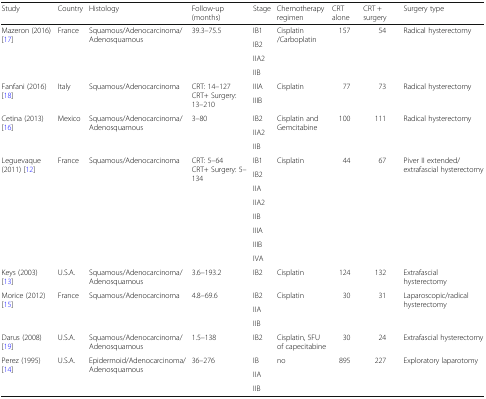
<table><thead><tr><td><b>Study</b></td><td><b>Country</b></td><td><b>Histology</b></td><td><b>Follow-up (months)</b></td><td><b>Stage</b></td><td><b>Chemotherapy regimen</b></td><td><b>CRT alone</b></td><td><b>CRT + surgery</b></td><td><b>Surgery type</b></td></tr></thead><tbody><tr><td rowspan="4">Mazeron (2016) [17]</td><td rowspan="4">France</td><td rowspan="4">Squamous/Adenocarcinoma/Adenosquamous</td><td rowspan="4">39.3–75.5</td><td>IB1</td><td rowspan="4">Cisplatin /Carboplatin</td><td rowspan="4">157</td><td rowspan="4">54</td><td rowspan="4">Radical hysterectomy</td></tr><tr><td>IB2</td></tr><tr><td>IIA2</td></tr><tr><td>IIB</td></tr><tr><td rowspan="2">Fanfani (2016) [18]</td><td rowspan="2">Italy</td><td rowspan="2">Squamous/Adenocarcinoma</td><td rowspan="2">CRT: 14–127CRT+ Surgery: 13–210</td><td>IIIA</td><td rowspan="2">Cisplatin</td><td rowspan="2">77</td><td rowspan="2">73</td><td rowspan="2">Radical hysterectomy</td></tr><tr><td>IIIB</td></tr><tr><td rowspan="3">Cetina (2013) [16]</td><td rowspan="3">Mexico</td><td rowspan="3">Squamous/Adenocarcinoma/Adenosquamous</td><td rowspan="3">3–80</td><td>IB2</td><td rowspan="3">Cisplatin and Gemcitabine</td><td rowspan="3">100</td><td rowspan="3">111</td><td rowspan="3">Radical hysterectomy</td></tr><tr><td>IIA2</td></tr><tr><td>IIB</td></tr><tr><td rowspan="8">Leguevaque (2011) [12]</td><td rowspan="8">France</td><td rowspan="8">Squamous/Adenocarcinoma</td><td rowspan="8">CRT: 5–64CRT+ Surgery: 5–134</td><td>IB1</td><td rowspan="8">Cisplatin</td><td rowspan="8">44</td><td rowspan="8">67</td><td rowspan="8">Piver II extended/extrafascial hysterectomy</td></tr><tr><td>IB2</td></tr><tr><td>IIA</td></tr><tr><td>IIA2</td></tr><tr><td>IIB</td></tr><tr><td>IIIA</td></tr><tr><td>IIIB</td></tr><tr><td>IVA</td></tr><tr><td>Keys (2003) [13]</td><td>U.S.A.</td><td>Squamous/Adenocarcinoma/Adenosquamous</td><td>3.6–193.2</td><td>IB2</td><td>Cisplatin</td><td>124</td><td>132</td><td>Extrafascialhysterectomy</td></tr><tr><td rowspan="3">Morice (2012) [15]</td><td rowspan="3">France</td><td rowspan="3">Squamous/Adenocarcinoma</td><td rowspan="3">4.8–69.6</td><td>IB2</td><td rowspan="3">Cisplatin</td><td rowspan="3">30</td><td rowspan="3">31</td><td rowspan="3">Laparoscopic/radical hysterectomy</td></tr><tr><td>IIA</td></tr><tr><td>IIB</td></tr><tr><td>Darus (2008) [19]</td><td>U.S.A.</td><td>Squamous/Adenocarcinoma/Adenosquamous</td><td>1.5–138</td><td>IB2</td><td>Cisplatin, 5FU of capecitabine</td><td>30</td><td>24</td><td>Extrafascial hysterectomy</td></tr><tr><td rowspan="3">Perez (1995) [14]</td><td rowspan="3">U.S.A.</td><td rowspan="3">Epidermoid/Adenocarcinoma/Adenosquamous</td><td rowspan="3">36–276</td><td>IB</td><td rowspan="3">no</td><td rowspan="3">895</td><td rowspan="3">227</td><td rowspan="3">Exploratory laparotomy</td></tr><tr><td>IIA</td></tr><tr><td>IIB</td></tr></tbody></table>